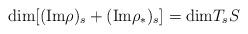
LaTeX: \begin{align*}\mathrm{dim}[(\mathrm{Im}\rho)_s+(\mathrm{Im}\rho_*)_s]=\mathrm{dim} T_sS\end{align*}